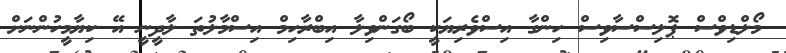
މޯލްޑިވްސް ޕޮލިސްސާވިސް ހިންގާ އިސްވެރިޔަކީ ބޯގަންވިލާ އިބްރާހިމް އިސްމާލުތަ ލާދީނީ އޭ ކިޔާމީހުންނަށް